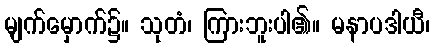
မျက်မှောက်၌။ သုတံ၊ ကြားဘူးပါ၏။ မနာပဒါယီ၊